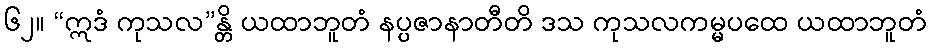
၆၂။ “ဣဒံ ကုသလ”န္တိ ယထာဘူတံ နပ္ပဇာနာတီတိ ဒသ ကုသလကမ္မပထေ ယထာဘူတံ